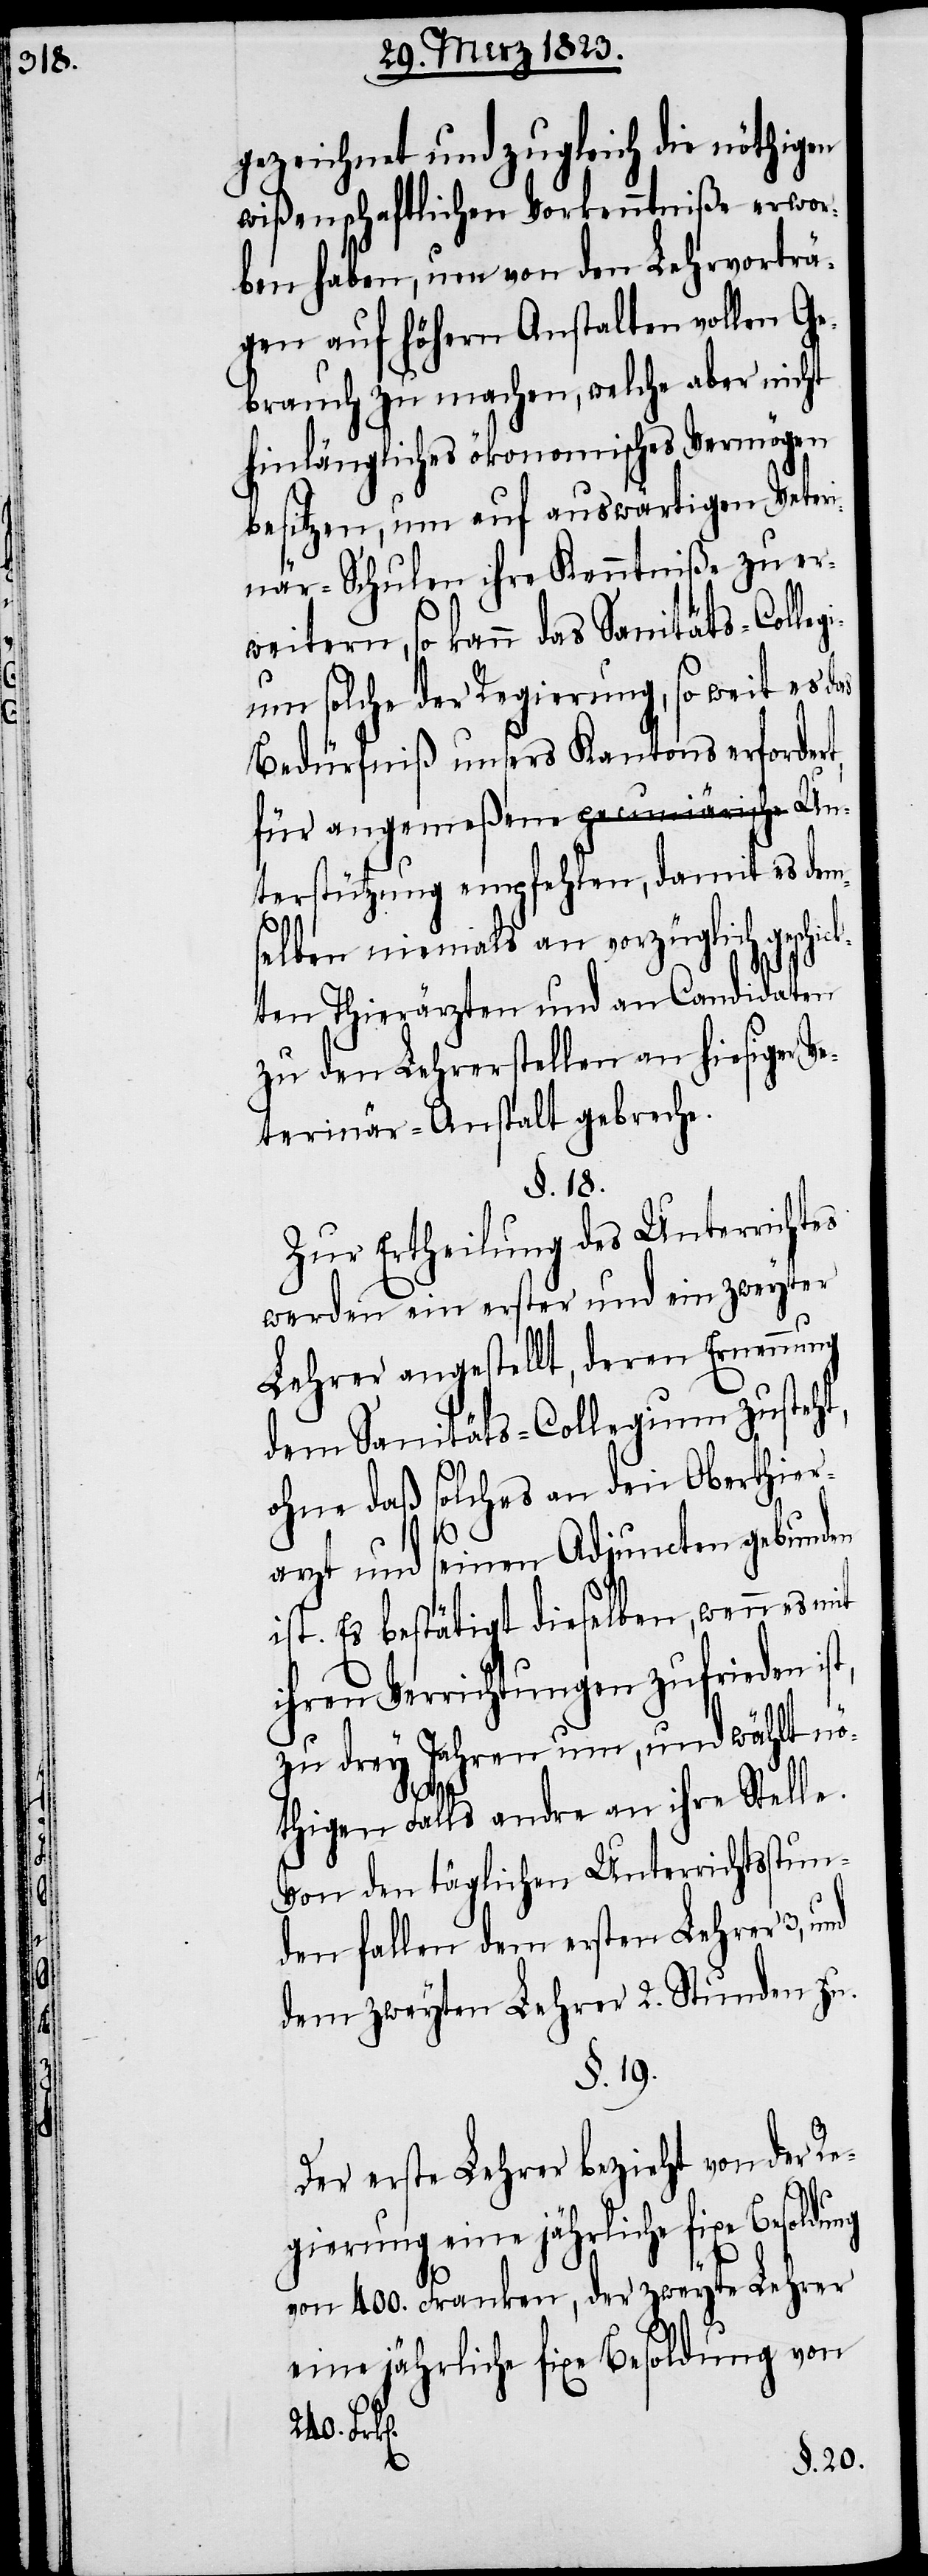
gezeichnet und zugleich die nöthigen
wißenschaftlichen Vorkenntniße erwor¬
ben haben, um von den Lehrvorträ¬
gen auf höhern Anstalten vollen Ge¬
brauch zu machen, welche aber nicht
hinlängliches ökonomisches Vermögen
besitzen, um auf auswärtigen Veter¬
inär-Schulen ihre Kenntniße zu er¬
weitern, so kann das Sanitäts-Colleg¬
ium solche der Regierung, so weit es das
Bedürfniß unsers Kantons erfordert,
für angemeßene pecuniärische Un¬
terstützung empfehlen, damit es dem¬
selben niemals an vorzüglich geschi¬
ten Thierärzten und an Candidaten
zu den Lehrerstellen an hiesiger V¬
eterinär-Anstalt gebreche.
§. 18.
Zur Ertheilung des Unterrichtes
werden ein erster und ein zweyter
Lehrer angestellt, deren Ernennung
dem Sanitäts-Collegium zusteht,
ohne daß solches an den Oberthier¬
ck¬
arzt und seinen Adjuncten gebunden
ist. Es bestätigt dieselben, wenn es mit
ihren Verrichtungen zufrieden
zu drey Jahren um, und wählt nö¬
thigen Falls andre an ihre Stelle.
Von den täglichen Unterrichtsstun¬
den fallen dem ersten Lehrer 3,
dem zweyten Lehrer 2. Stunden zu.
§. 19.
Der erste Lehrer bezieht von der Re¬
gierung eine jährliche fixe Besoldung
von 400. Franken, der zweyte Lehrer
eine jährliche fixe Besoldung von